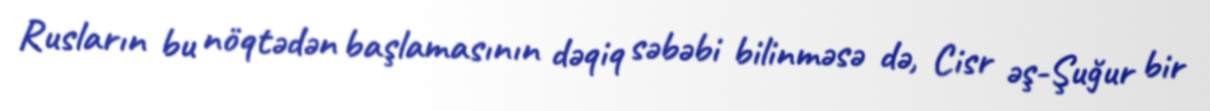
Rusların bu nöqtədən başlamasının dəqiq səbəbi bilinməsə də, Cisr əş-Şuğur bir